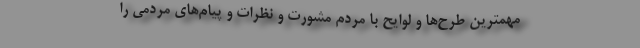
مهمترین طرح‌ها و لوایح با مردم مشورت و نظرات و پیام‌های مردمی را